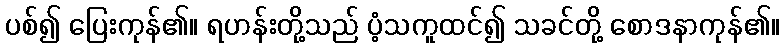
ပစ်၍ ပြေးကုန်၏။ ရဟန်းတို့သည် ပံ့သကူထင်၍ သခင်တို့ စောဒနာကုန်၏။